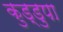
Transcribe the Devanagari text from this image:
कुड्डुपा